38_143685_box_Incident_Summaries_173-233
Agency: Department of War
Page 44
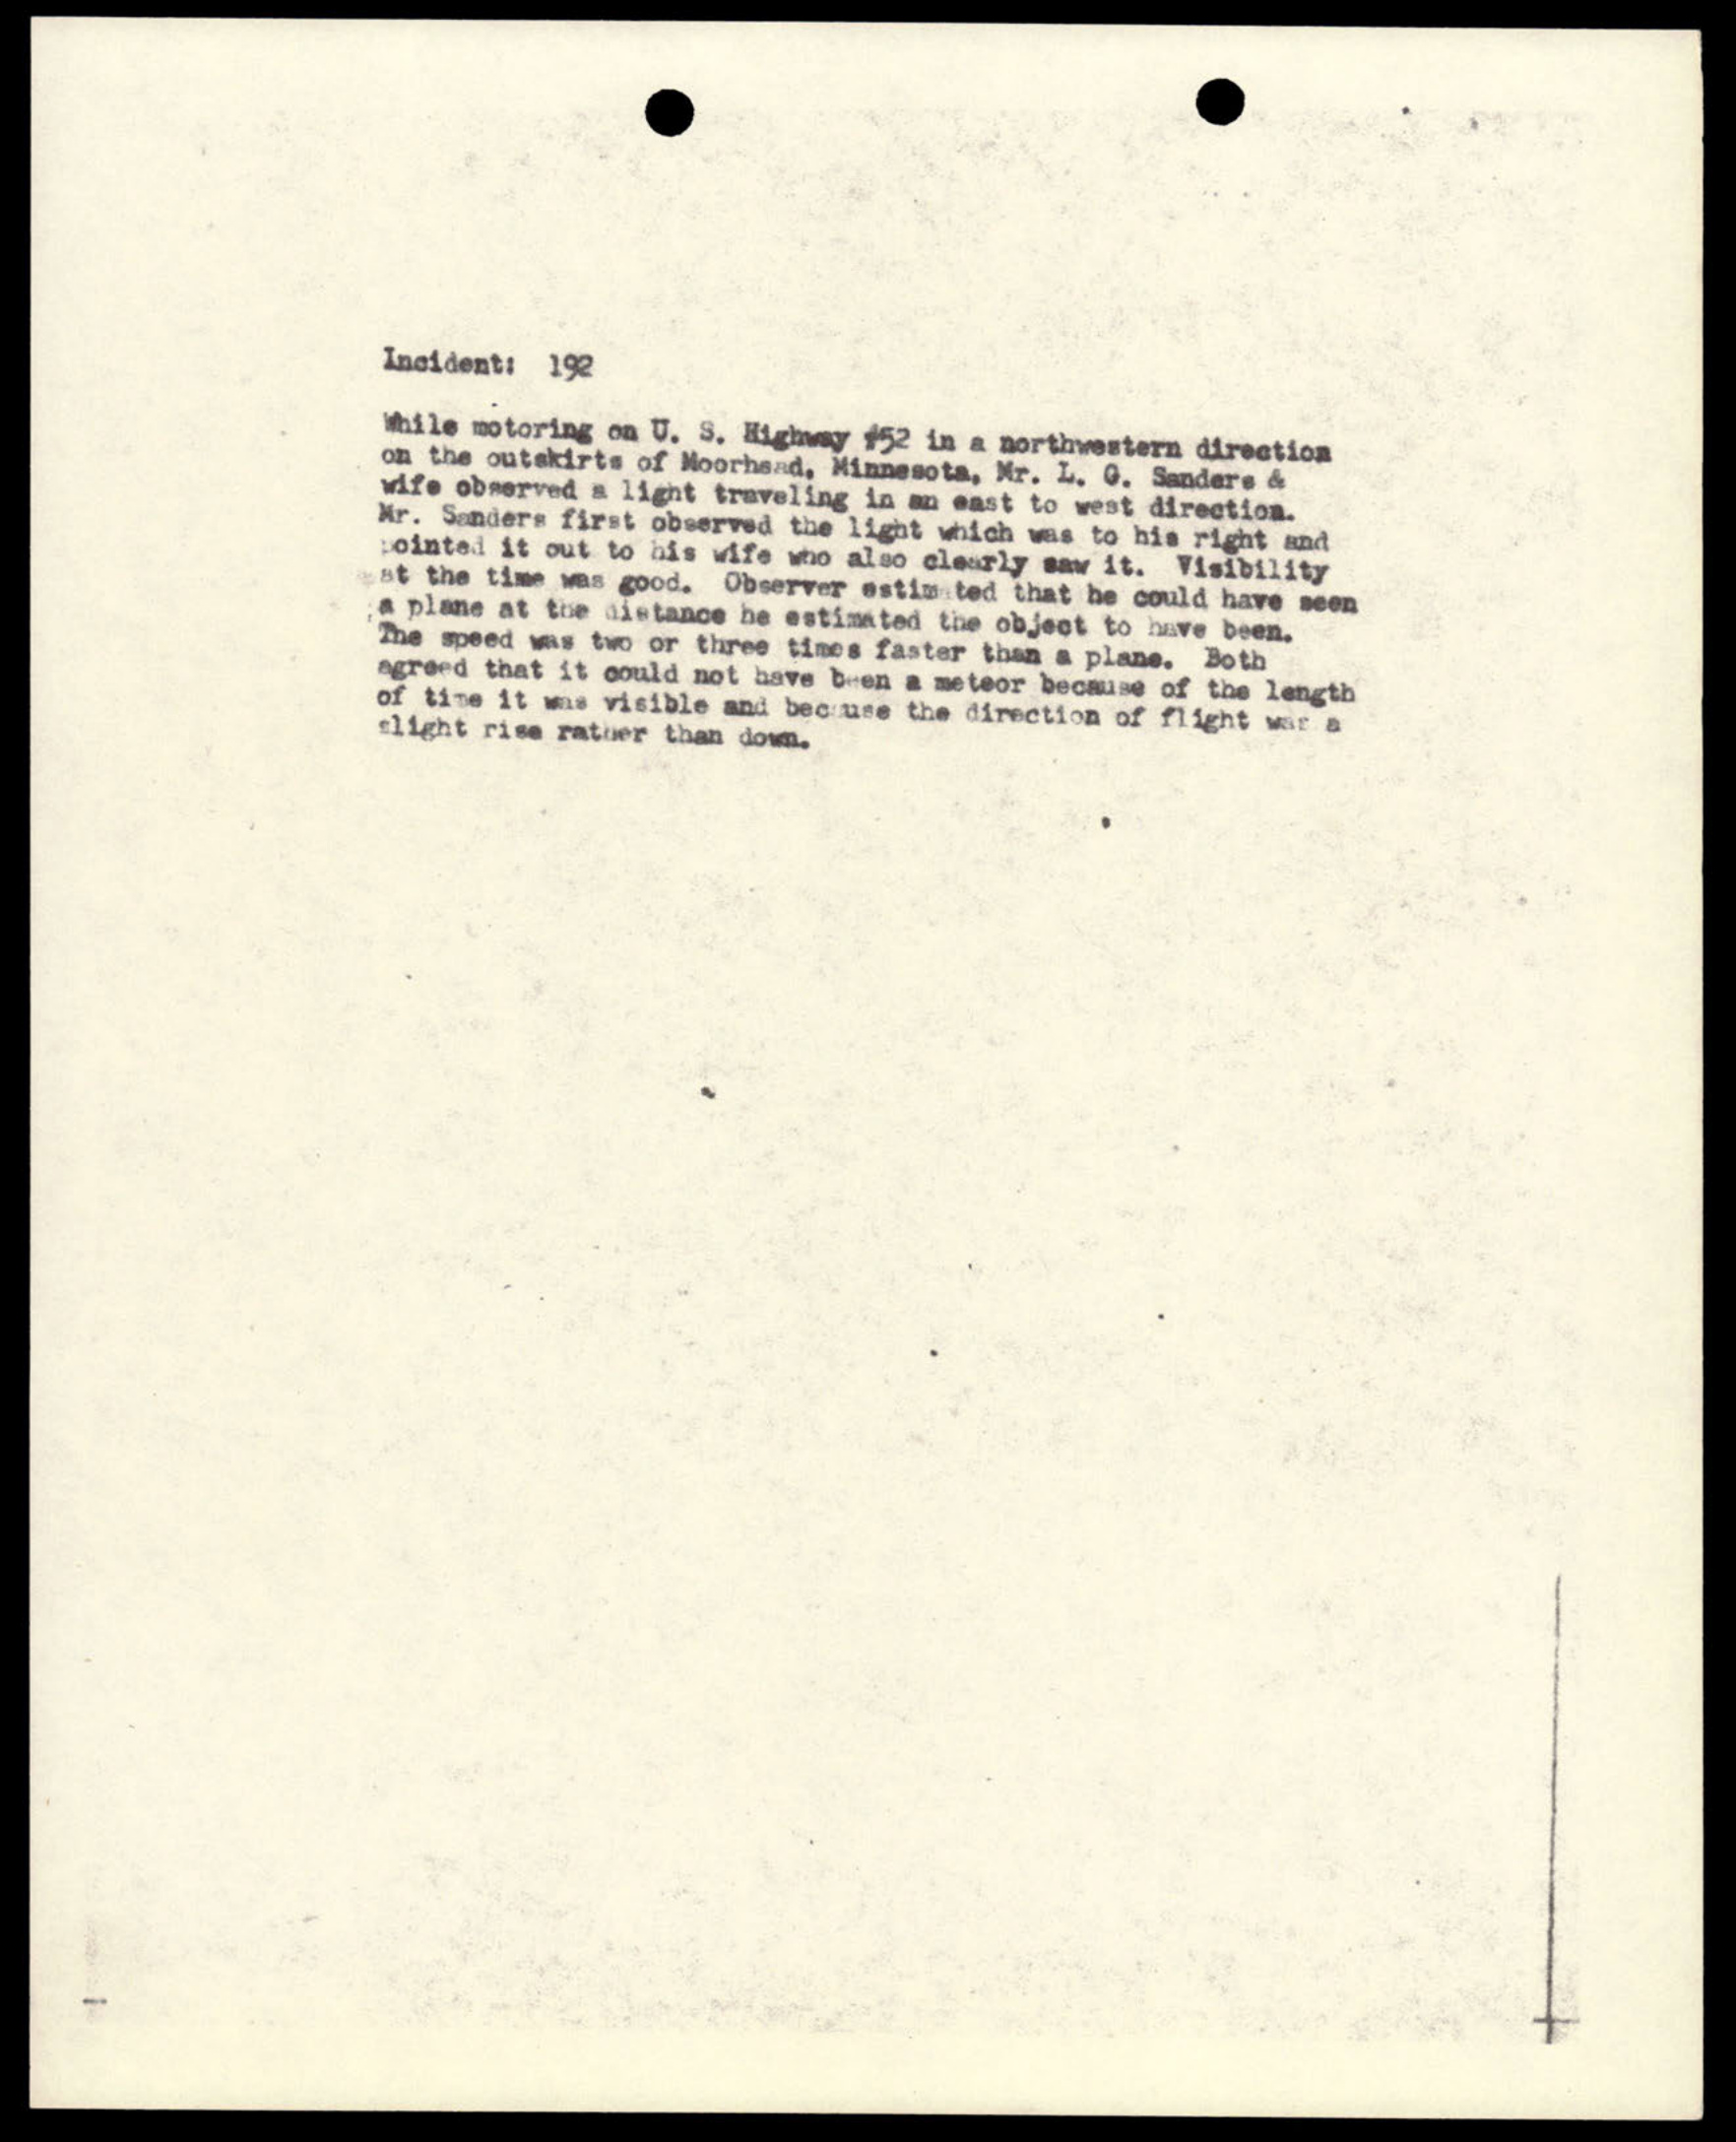